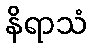
နိရာသံ